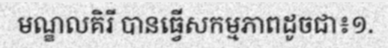
មណ្ឌលគិរី បានធ្វើសកម្មភាពដូចជា៖១.